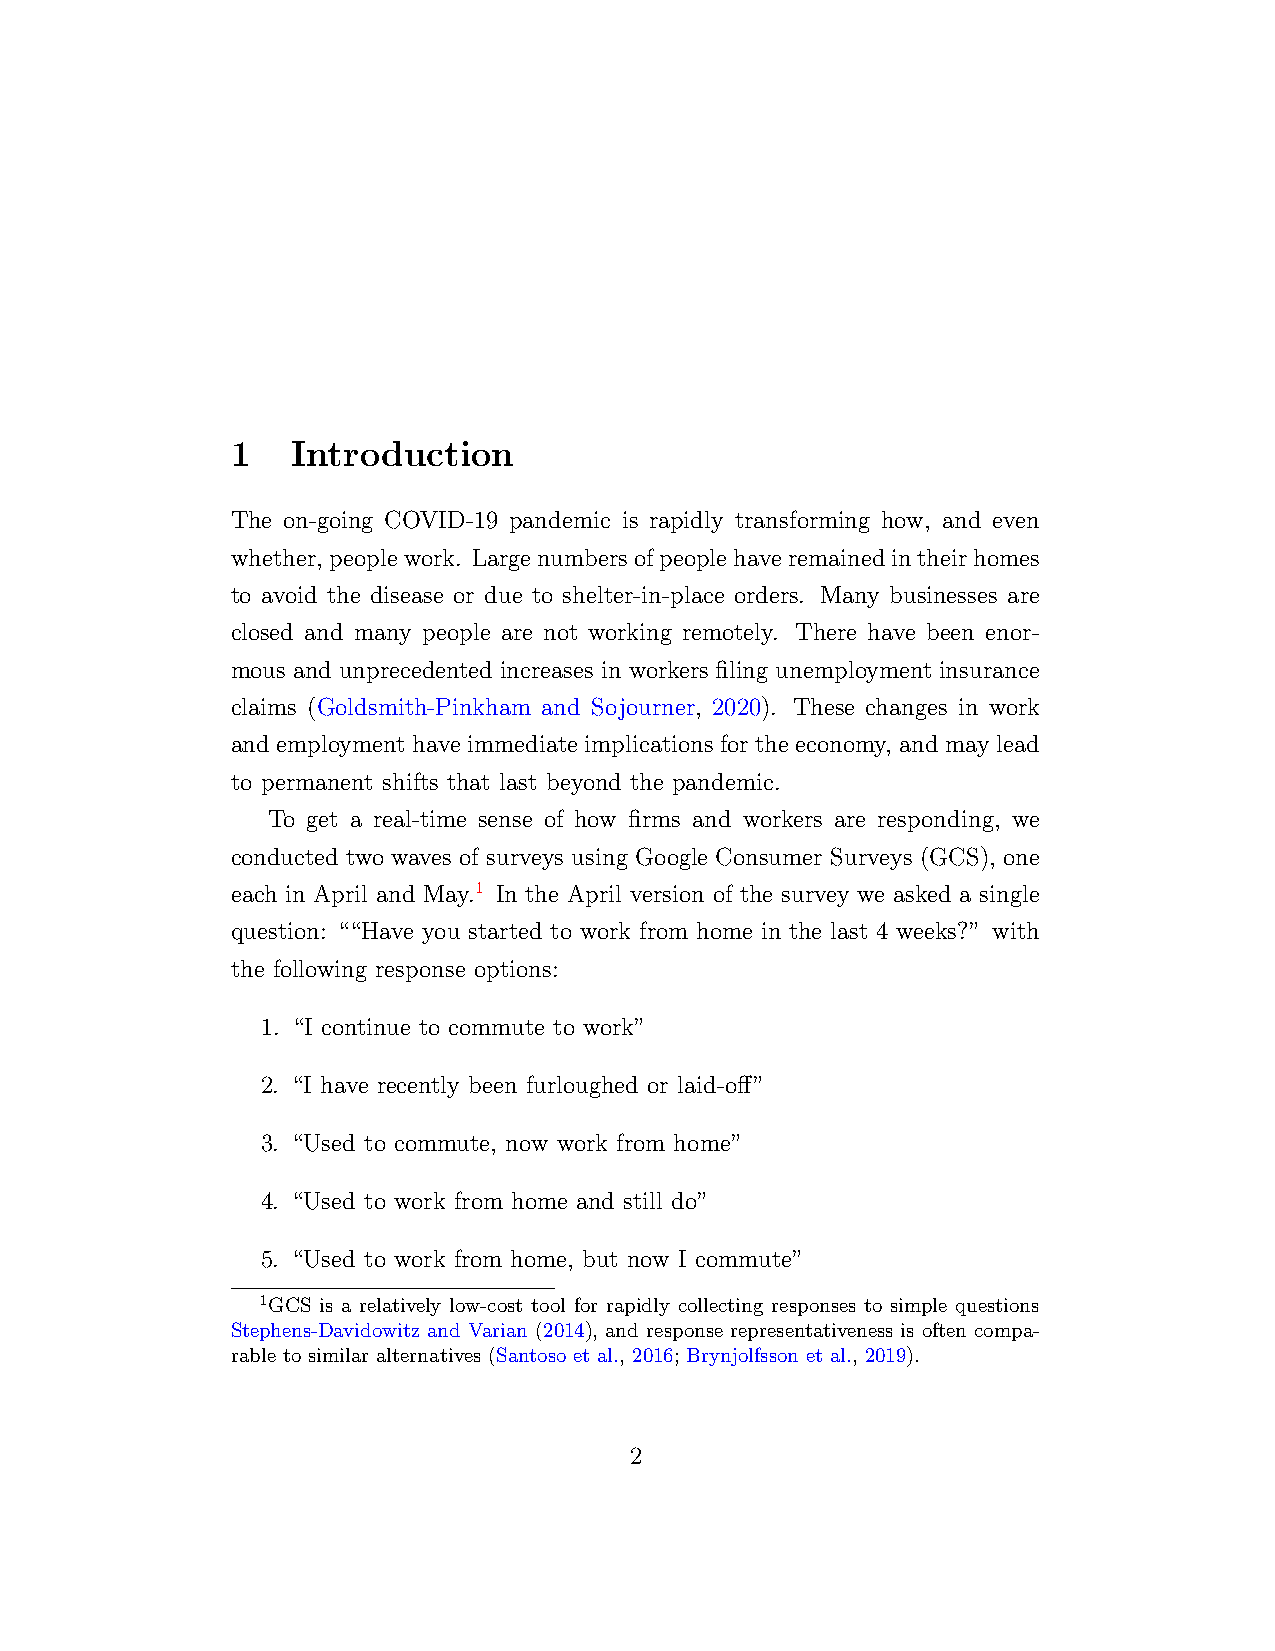
1   Introduction
 The on-going COVID-19 pandemic is rapidly transforming how, and even
 whether, peoplework. Largenumbersofpeoplehaveremainedintheirhomes
 to avoid the disease or due to shelter-in-place orders. Many businesses are
 closed and many people are not working remotely. There have been enor-
 mous and unprecedented increases in workers filing unemployment insurance
 claims (Goldsmith-Pinkham and Sojourner, 2020). These changes in work
 and employment have immediate implications for the economy, and may lead
 to permanent shifts that last beyond the pandemic.
 To get a real-time sense of how firms and workers are responding, we
 conducted two waves of surveys using Google Consumer Surveys (GCS), one
 each in April and May.1 In the April version of the survey we asked a single
 question: ““Have you started to work from home in the last 4 weeks?” with
 the following response options:
 1. “I continue to commute to work”
 2. “I have recently been furloughed or laid-off”
 3. “Used to commute, now work from home”
 4. “Used to work from home and still do”
 5. “Used to work from home, but now I commute”
 1GCS is a relatively low-cost tool for rapidly collecting responses to simple questions
 Stephens-Davidowitz and Varian (2014), and response representativeness is often compa-
 rable to similar alternatives (Santoso et al., 2016; Brynjolfsson et al., 2019).
 2